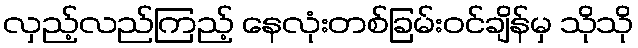
လှည့်လည်ကြည့် နေလုံးတစ်ခြမ်းဝင်ချိန်မှ သိုသို